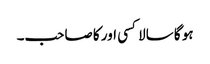
ہو گا سالا کسی اور کا صاحب۔